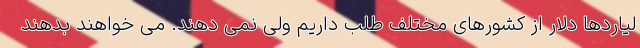
لیاردها دلار از کشورهای مختلف طلب داریم ولی نمی دهند. می خواهند بدهند